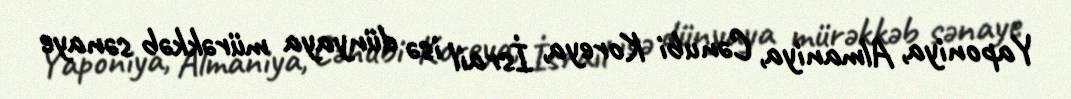
Yaponiya, Almaniya, Cənubi Koreya, İsrail isə dünyaya mürəkkəb sənaye